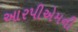
આરપીએમની